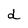
Character: d